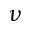
\nu